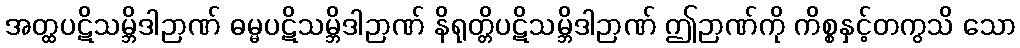
အတ္ထပဋိသမ္ဘိဒါဉာဏ် ဓမ္မပဋိသမ္ဘိဒါဉာဏ် နိရုတ္တိပဋိသမ္ဘိဒါဉာဏ် ဤဉာဏ်ကို ကိစ္စနှင့်တကွသိ သော